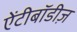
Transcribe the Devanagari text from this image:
ऐंटीबॉडीज़